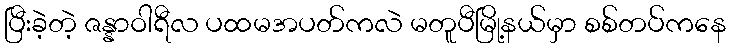
ပြီးခဲ့တဲ့ ဇန္နာဝါရီလ ပထမအပတ်ကလဲ မတူပီမြို့နယ်မှာ စစ်တပ်ကနေ